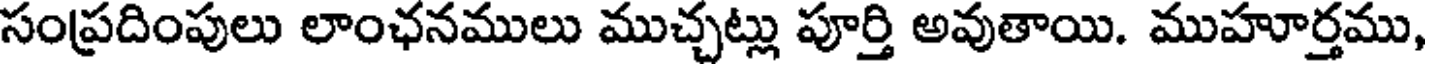
సంప్రదింపులు లాంఛనములు ముచ్చట్లు పూర్తి అవుతాయి. ముహూర్తము,